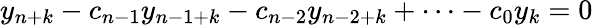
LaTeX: y_{n+k}-c_{n-1}y_{n-1+k}-c_{n-2}y_{n-2+k}+\cdots-c_{0}y_{k}=0